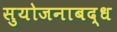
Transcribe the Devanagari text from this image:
सुयोजनाबद्ध